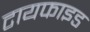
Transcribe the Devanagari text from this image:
टायफाइड